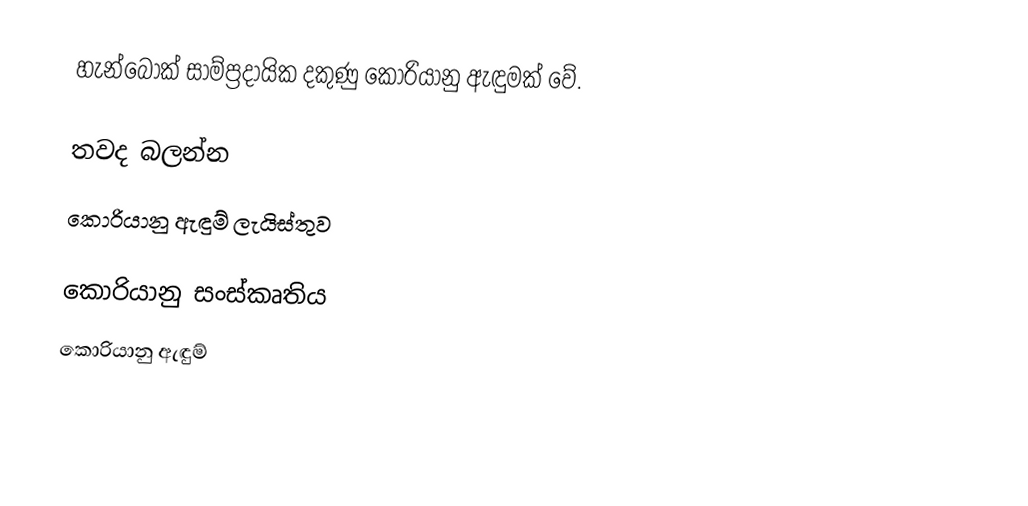
හැන්බොක් සාම්ප්‍රදායික දකුණු කොරියානු ඇඳුමක් වේ.

තවද බලන්න
කොරියානු ඇඳුම් ලැයිස්තුව

කොරියානු සංස්කෘතිය
කොරියානු ඇඳුම්